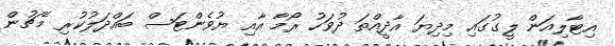
އިޓާލިއަން ލީގުގައި މިދިޔަ އާދީއްތަ ދުވަހު ރޯމާ އާއި ޔުވެންޓަސް ބައްދަލުކުރި މެޗުން